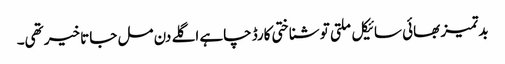
بدتمیز بھائی سائیکل ملتی تو شناختی کارڈ چاہے اگلے دن مل جاتا خیر تھی۔